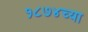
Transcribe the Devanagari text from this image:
१८७४च्या